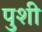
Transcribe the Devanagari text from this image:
पुशी